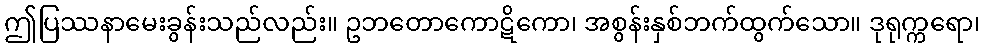
ဤပြဿနာမေးခွန်းသည်လည်း။ ဥဘတောကောဋိကော၊ အစွန်းနှစ်ဘက်ထွက်သော။ ဒုရုက္ကရော၊